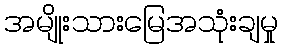
အမျိုးသားမြေအသုံးချမှု